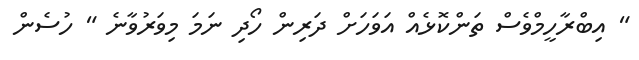
" އިބްރާހީމްވެސް ތަންކޮޅެއް އަވަހަށް ދަރިން ހޯދި ނަމަ މިވަރުވާނެ " ހުސެން